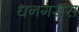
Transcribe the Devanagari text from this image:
धनगरास